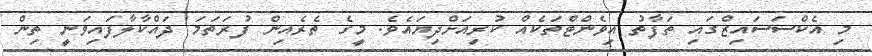
މި އެކްސަސައިޒްގައި ތަފާތު އިވެންޓްތަކެއް ކުރިއަށްދިޔައެވެ. މީގެ ތެރެއިން ފުރަތަމަ ދައްކާލާފައިވަނީ ތިން